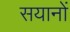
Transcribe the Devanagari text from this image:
सयानों